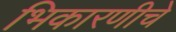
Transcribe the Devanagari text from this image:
भिकारणीचे